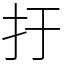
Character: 扜